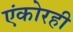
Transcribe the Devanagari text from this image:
एंकोरही